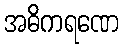
အဓိကရဏေ